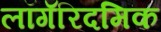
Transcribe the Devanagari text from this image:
लॉगॅरिदमिक